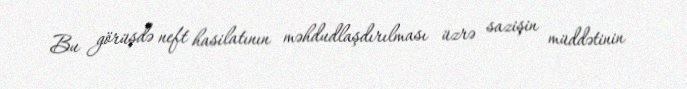
Bu görüşdə neft hasilatının məhdudlaşdırılması üzrə sazişin müddətinin